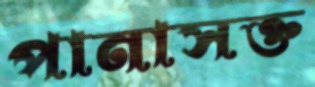
পানাসক্ত